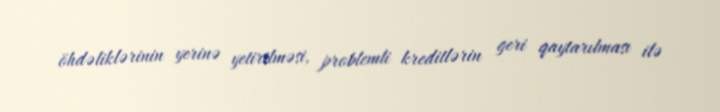
öhdəliklərinin yerinə yetirilməsi, problemli kreditlərin geri qaytarılması ilə